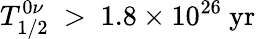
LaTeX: T_{1/2}^{0\nu}\ >\ {1.8}\times 10^{26}\ \mathrm{yr}